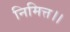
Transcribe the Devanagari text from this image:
निमित्त।।